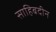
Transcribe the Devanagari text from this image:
साहिबदीन